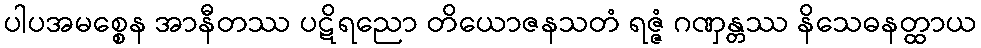
ပါပအမစ္စေန အာနီတဿ ပဋိရညော တိယောဇနသတံ ရဇ္ဇံ ဂဏှန္တဿ နိသေဓနတ္ထာယ